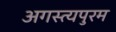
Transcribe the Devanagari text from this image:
अगस्त्यपुरम